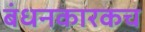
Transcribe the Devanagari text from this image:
बंधनकारकच